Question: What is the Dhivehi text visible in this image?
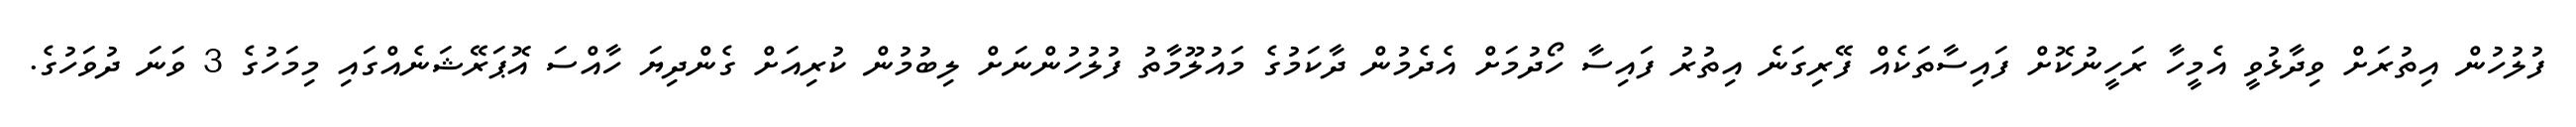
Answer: ފުލުހުން އިތުރަށް ވިދާޅުވީ އެމީހާ ރަހީނުކޮށް ފައިސާތަކެއް ފޭރިގަނެ އިތުރު ފައިސާ ހޯދުމަށް އެދެމުން ދާކަމުގެ މައުލޫމާތު ފުލުހުންނަށް ލިބުމުން ކުރިއަށް ގެންދިޔަ ހާއްސަ އޮޕަރޭޝަނެއްގައި މިމަހުގެ 3 ވަނަ ދުވަހުގެ.